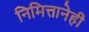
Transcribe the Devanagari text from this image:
निमित्तानेही